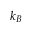
\displaystyle k _ { B }